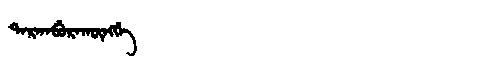
Manchu: ᡨᠠᡵᡤᠠᠪᡠᡵᠠᡴᡡᠩᡤᡝ
Romanization: TARGABURAKŪNGGE